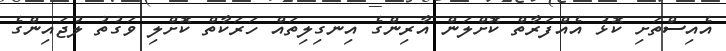
އެއިސްތަށި ކޮޅު އެއްފަރާތް ކޮށްލަން އާރިންގެ އިނގިލިތައް ހަރަކާތް ކޮށްލި ވަގުތު ލުޖައިންގެ